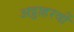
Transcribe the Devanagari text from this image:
अट्ठाहरवीं